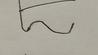
Signature authenticity: forged